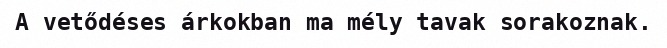
A vetődéses árkokban ma mély tavak sorakoznak.